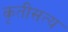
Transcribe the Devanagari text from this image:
कृतीसत्य